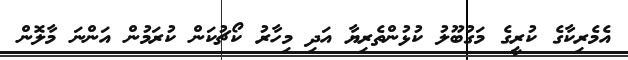
އެމެރިކާގެ ކުރީގެ މަގުބޫލު ކުޅުންތެރިޔާ އަދި މިހާރު ކޯޗުކަން ކުރަމުން އަންނަ މާލޮން